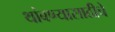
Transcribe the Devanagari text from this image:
थांबण्यासाठीचे